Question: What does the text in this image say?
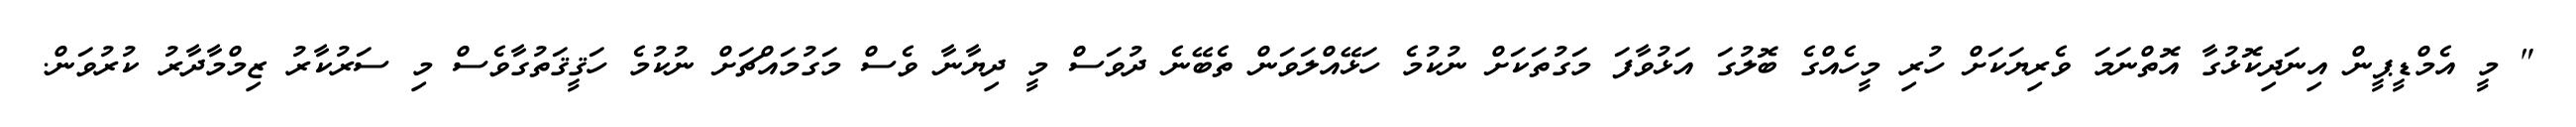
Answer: " މީ އެމްޑީޕީން އިނަދިކޮޅުގާ އޮތްނަމަ ވެރިޔަކަށް ހުރި މީހެއްގެ ބޮލުގަ އަޅުވާފަ މަގުތަކަށް ނުކުމެ ހަޅޭއްލަވަން ތެބޭނެ ދުވަސް މީ ދިޔާނާ ވެސް މަގުމައްޗަށް ނުކުމެ ހަޤީޤަތުގާވެސް މި ސަރުކާރު ޒިމްމާދާރު ކުރުވަން.